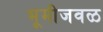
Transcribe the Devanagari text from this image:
भूमीजवळ